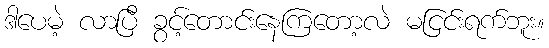
ဒါပေမဲ့ လာပြီ ခွင့်တောင်းနေကြတော့လဲ မငြင်းရက်ဘူး။